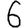
Digit: 6